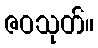
ဇဝသုတ်။